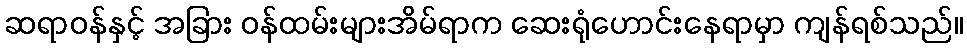
ဆရာဝန်နှင့် အခြား ဝန်ထမ်းများအိမ်ရာက ဆေးရုံဟောင်းနေရာမှာ ကျန်ရစ်သည်။